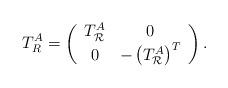
LaTeX: \begin{align*}T^A_{R}=\left(\begin{array}{cc} T^A_{\mathcal R} & 0 \\ 0 & -\left( T_{\mathcal R}^A \right)^T\end{array}\right).\end{align*}